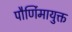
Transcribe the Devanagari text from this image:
पौर्णिमायुक्त